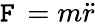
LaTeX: \mathtt{F}\, =m{\ddot{{r}}}